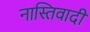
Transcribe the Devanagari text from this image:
नास्तिवादी